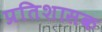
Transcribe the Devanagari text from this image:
प्रतिशासक